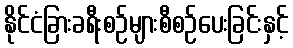
နိုင်ငံခြားခရီးစဉ်များစီစဉ်ပေးခြင်းနှင့်